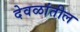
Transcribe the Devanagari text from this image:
देवळांतील